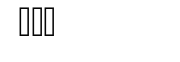
٢٣٢